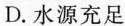
D.水源充足